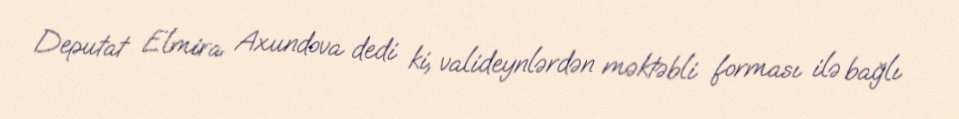
Deputat Elmira Axundova dedi ki, valideynlərdən məktəbli forması ilə bağlı